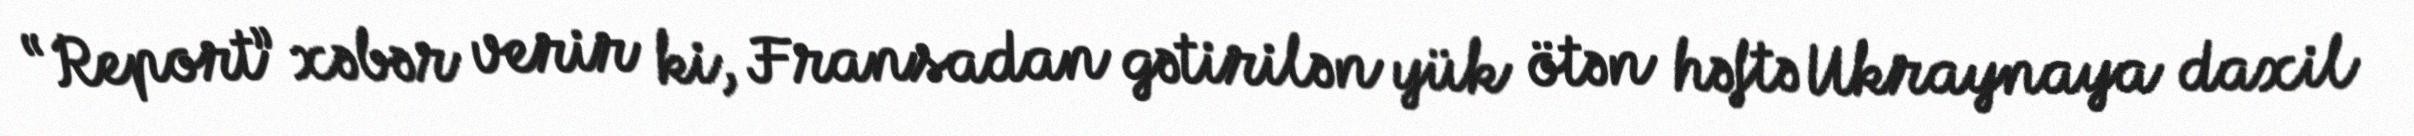
“Report” xəbər verir ki, Fransadan gətirilən yük ötən həftə Ukraynaya daxil